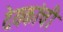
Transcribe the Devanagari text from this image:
देयकांची